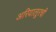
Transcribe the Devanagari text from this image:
अरियालूरची